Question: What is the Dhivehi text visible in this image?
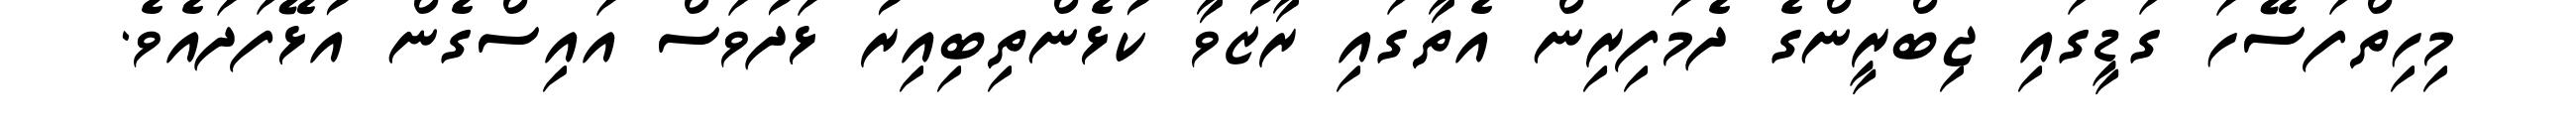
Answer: މިހިތްފަސޭހަ ގަޑީގައި ޖިބްރީންގެ ދެމަފިރިން އެތާގައި ރާޒުވާ ކުޅެންތިބިއިރު ޅަދުވަސް އައިސްގެން އުޅޭފަދައެވެ.